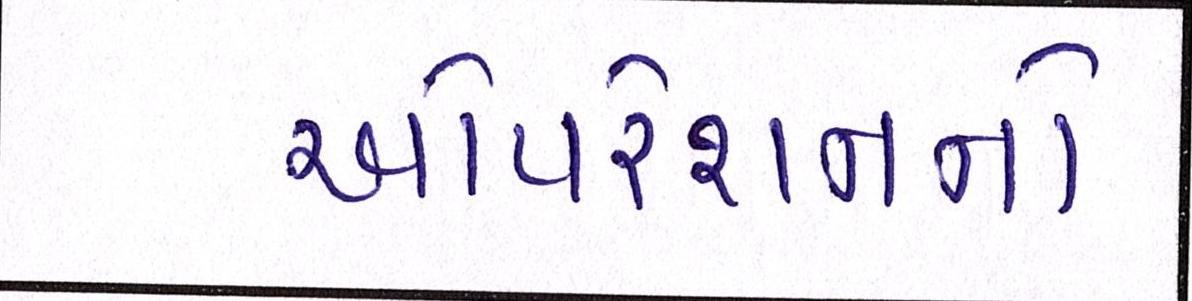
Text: ઓપરેશનનો